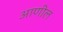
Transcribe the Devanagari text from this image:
आणील